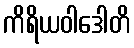
ကိရိယဝါဒေါတိ